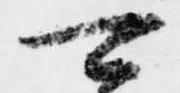
可